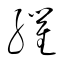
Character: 臞